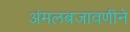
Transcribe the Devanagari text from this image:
अंमलबजावणीने